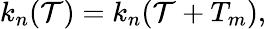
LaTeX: k_{n}(\mathcal{T})=k_{n}(\mathcal{T}+T_{m}),